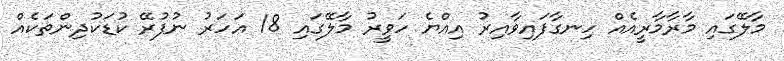
މާލޭގައި މާރާމާރީއެއް ހިނގާފައިވާއިރު އިއްޔެ ހަވީރު މާލޭގައި 18 އަހަރު ނުފުރޭ ކުޑަކުދިންތަކެއް